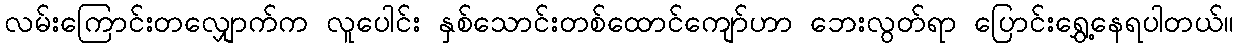
လမ်းကြောင်းတလျှောက်က လူပေါင်း နှစ်သောင်းတစ်ထောင်ကျော်ဟာ ဘေးလွတ်ရာ ပြောင်းရွှေ့နေရပါတယ်။